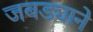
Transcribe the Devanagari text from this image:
जबड्याने